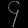
Digit: ၄